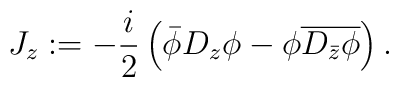
J_{z}:=-\frac{i}{2}\left(\bar{\phi}D_{z}\phi-\phi \overline{D_{\bar{z}}\phi}\right).